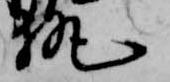
執